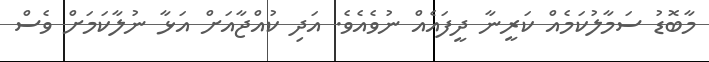
މާބޮޑު ސަމާލުކަމެއް ކަރީނާ ދީފައެއް ނުވެއެވެ. އަދި ކުއްޖާއަށް އަޅާ ނުލާކަމަށް ވެސް